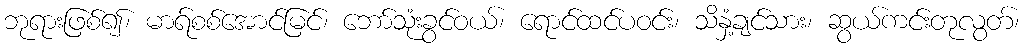
ဘုရားဖြစ်၍၊ မာရ်စစ်အောင်မြင်၊ ဘော်သုံးခွင်ဝယ်၊ ရောင်ထင်ပဝင်း၊ သိနှံ့ချင်သား၊ ဆွယ်ကင်းတုလွတ်၊